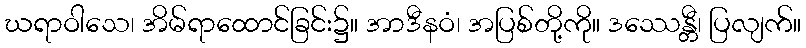
ဃရာဝါသေ၊ အိမ်ရာထောင်ခြင်း၌။ အာဒီနဝံ၊ အပြစ်တို့ကို။ ဒဿေန္တီ၊ ပြလျက်။